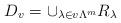
LaTeX: \begin{align*}D_v=\cup_{\lambda\in v\Lambda^m} R_\lambda\end{align*}